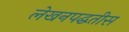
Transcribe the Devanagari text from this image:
लेखनपद्धतीस